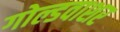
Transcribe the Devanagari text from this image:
गोल्डवाशर